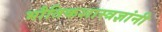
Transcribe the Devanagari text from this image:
भौतिकशास्त्रज्ञांनी